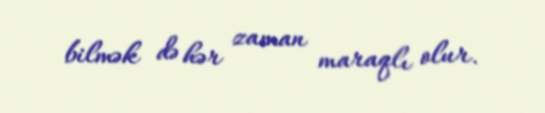
bilmək də hər zaman maraqlı olur.